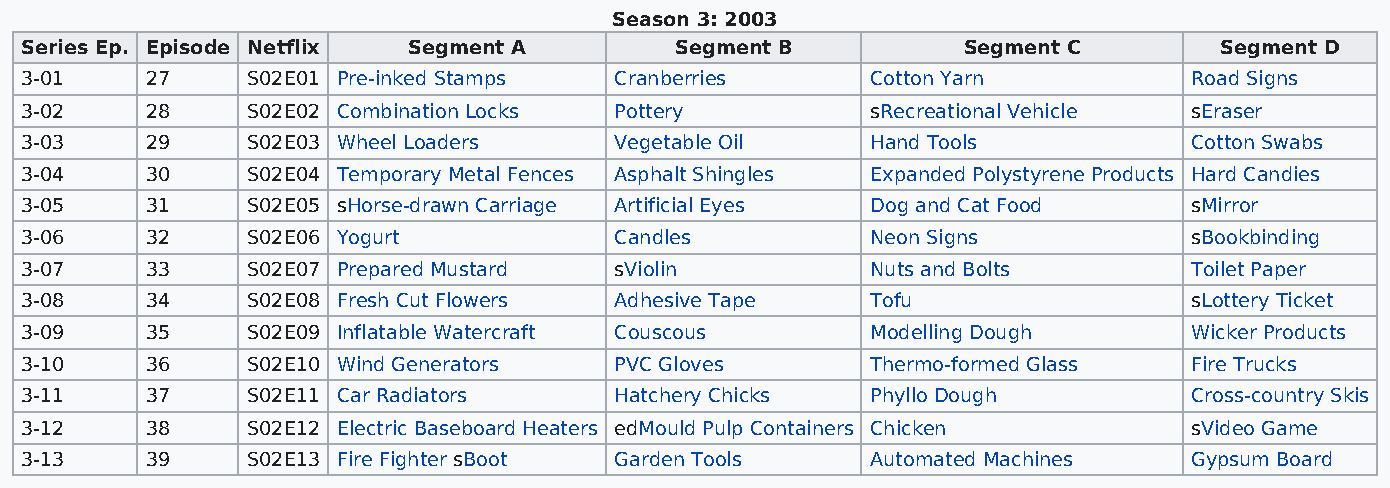
Season 3: 2003
 Series Ep. Episode Netflix Segment A        Segment B          Segment C        Segment D
 3-01     27    S02E01 Pre-inked Stamps  Cranberries      Cotton Yarn          Road Signs
 3-02     28    S02E02 Combination Locks Pottery          sRecreational Vehicle sEraser
 3-03     29    S02E03 Wheel Loaders     Vegetable Oil    Hand Tools           Cotton Swabs
 3-04     30    S02E04 Temporary Metal Fences Asphalt Shingles Expanded Polystyrene Products Hard Candies
 3-05     31    S02E05 sHorse-drawn Carriage Artificial Eyes Dog and Cat Food  sMirror
 3-06     32    S02E06 Yogurt            Candles          Neon Signs           sBookbinding
 3-07     33    S02E07 Prepared Mustard  sViolin          Nuts and Bolts       Toilet Paper
 3-08     34    S02E08 Fresh Cut Flowers Adhesive Tape    Tofu                 sLottery Ticket
 3-09     35    S02E09 Inflatable Watercraft Couscous     Modelling Dough      Wicker Products
 3-10     36    S02E10 Wind Generators   PVC Gloves       Thermo-formed Glass  Fire Trucks
 3-11     37    S02E11 Car Radiators     Hatchery Chicks  Phyllo Dough         Cross-country Skis
 3-12     38    S02E12 Electric Baseboard Heaters edMould Pulp Containers Chicken sVideo Game
 3-13     39    S02E13 Fire Fighter sBoot Garden Tools    Automated Machines   Gypsum Board